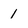
Character: 1